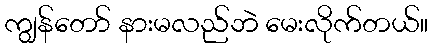
ကျွန်တော် နားမလည်ဘဲ မေးလိုက်တယ်။